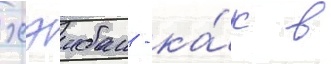
хэибан - ка́к в